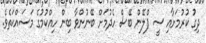
ދިގު ކުރުމަށާއި ސީ ޕްލޭން ބޭސް ހެދުމަށް ބޭނުންވާ ބިން ހިއްކުމުގެ މަސައްކަތެވެ.